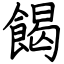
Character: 餲